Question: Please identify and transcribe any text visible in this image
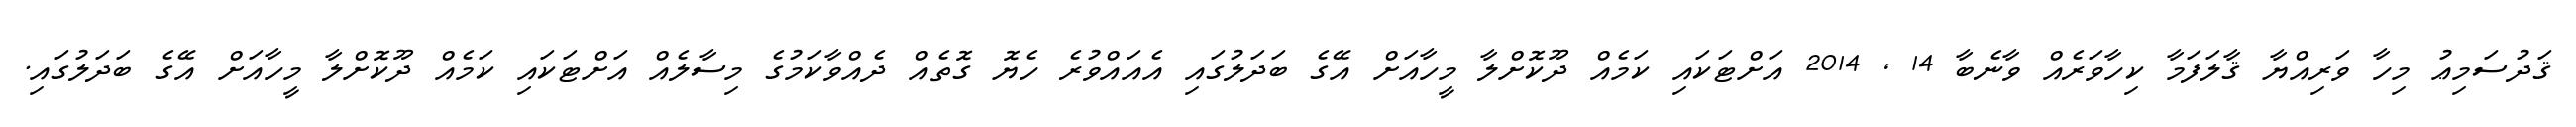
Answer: ޤަދުސަމިޢު މިހާ ވަރިއްޔާ ޤާލަފަމާ ކިހާވަރެއް ވާނެބާ 14 , 2014 އަށްޓަކައި ކަމެއް ދޫކޮށްލާ މީހާއަށް އޭގެ ބަދަލުގައި އެއައްވުރެ ހެޔޮ ގޮތެއް ދެއްވާކަމުގެ މިސާލެއް އަށްޓަކައި ކަމެއް ދޫކޮށްލާ މީހާއަށް އޭގެ ބަދަލުގައި.